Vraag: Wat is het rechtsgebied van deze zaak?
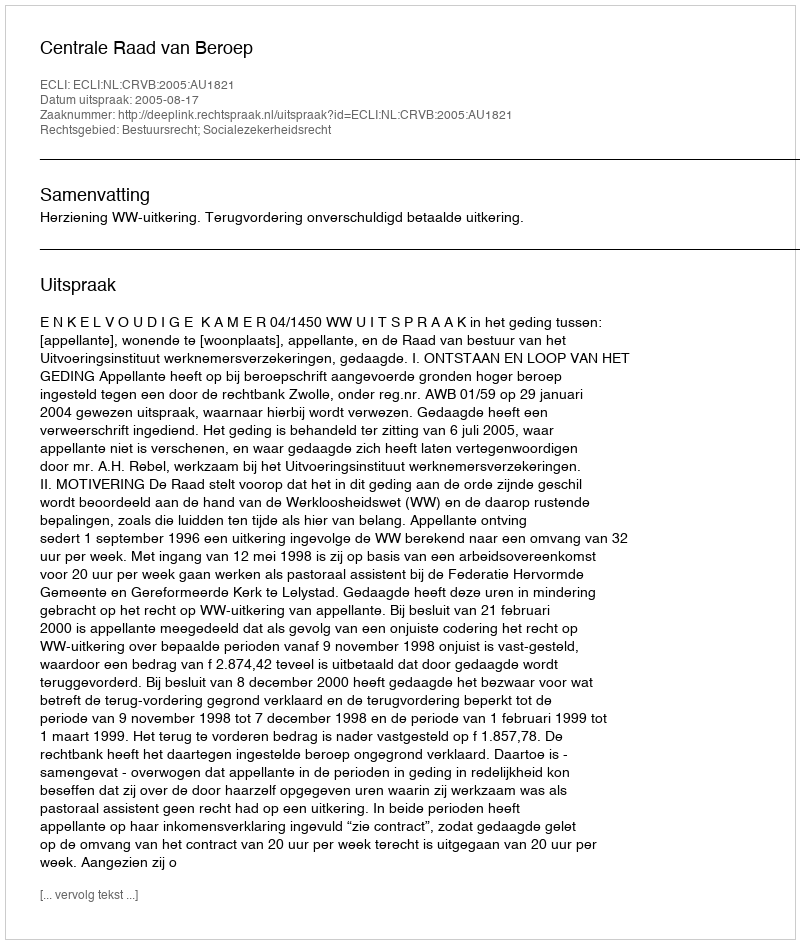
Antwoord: Bestuursrecht; Socialezekerheidsrecht